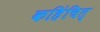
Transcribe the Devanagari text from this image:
कहिंचित्‌